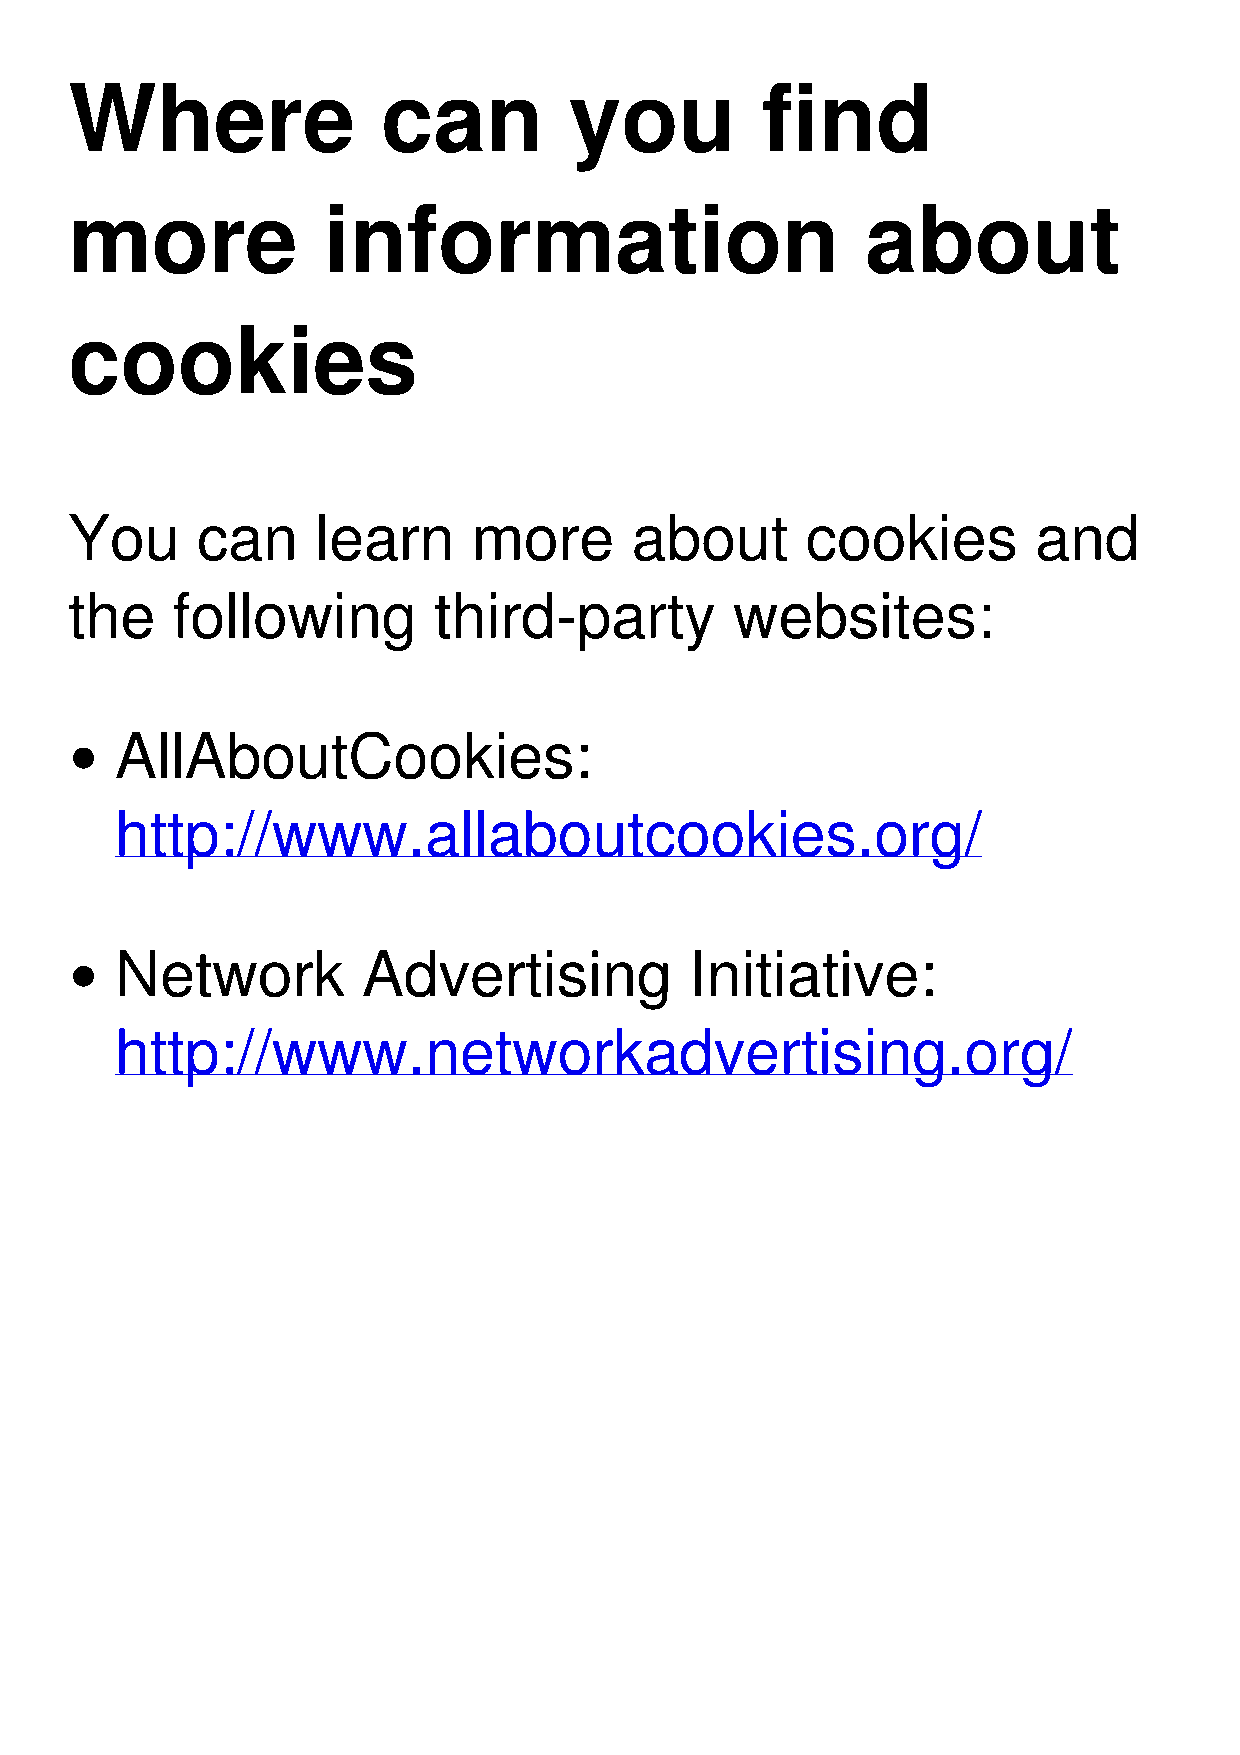
Where               can          you         find
 more            information                         about
 cookies
 You     can     learn     more       about      cookies         and
 the   following         third-party         websites:
 AllAboutCookies:
 http://www.allaboutcookies.org/
 Network         Advertising           Initiative:
 http://www.networkadvertising.org/